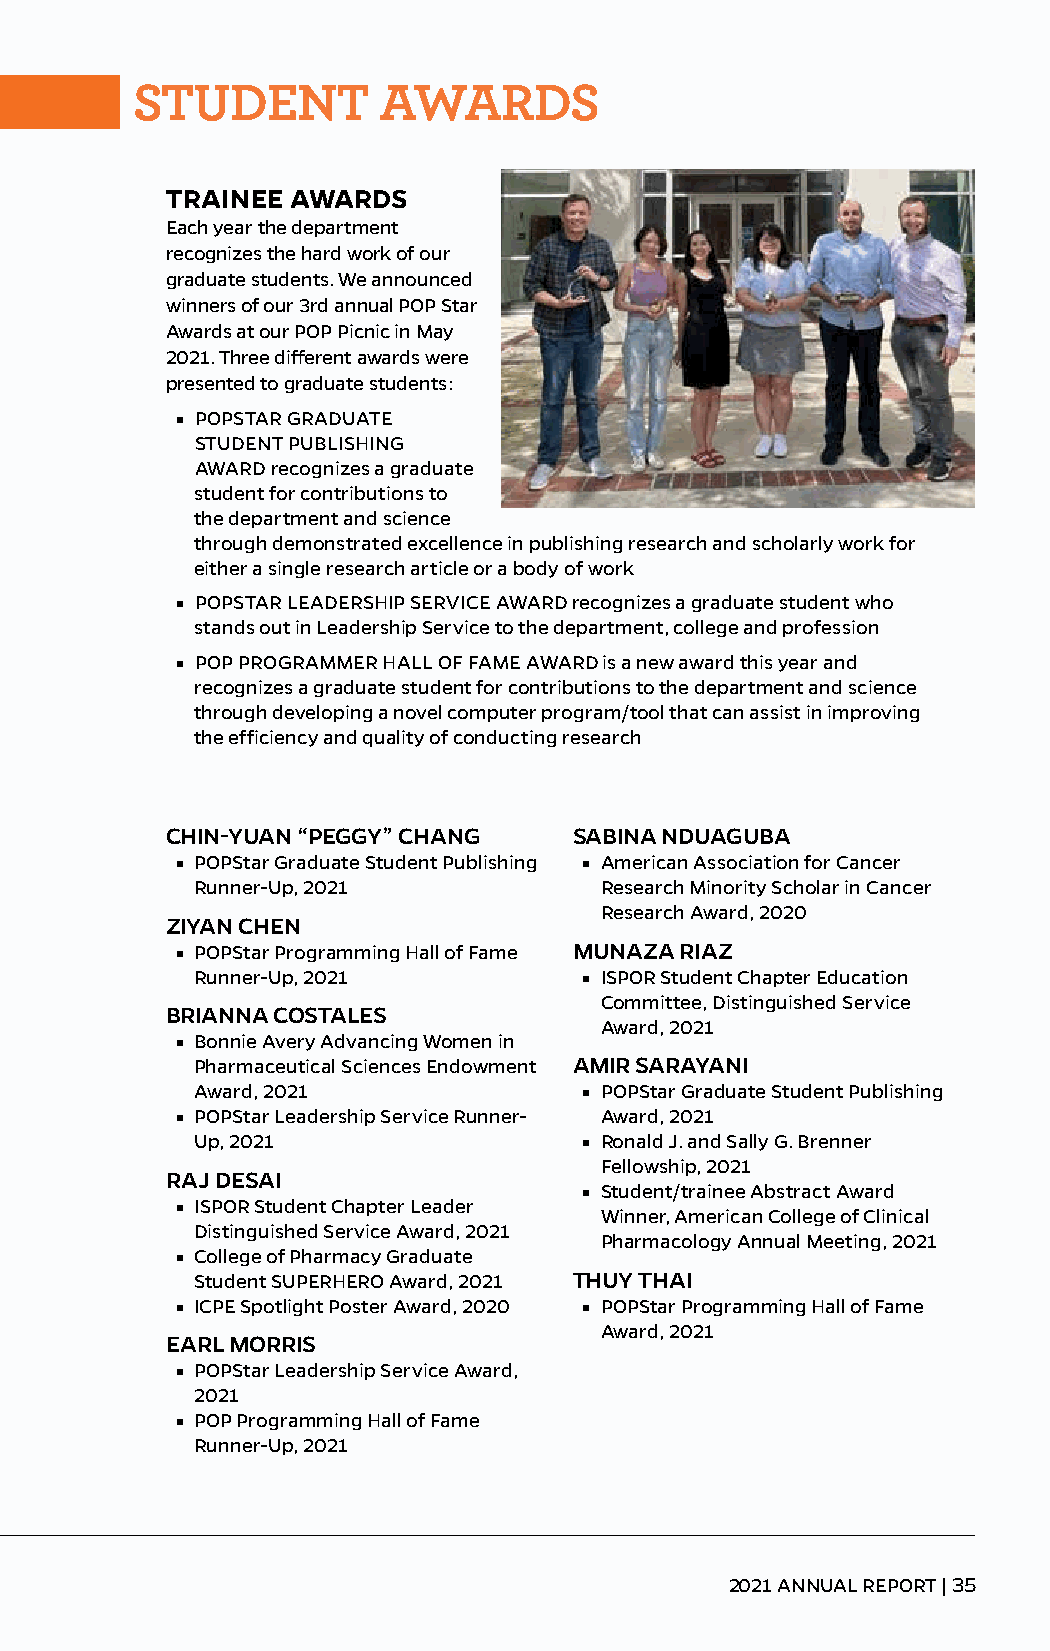
STUDENT         AWARDS
 TRAINEE AWARDS
 Each year the department
 recognizes the hard work of our
 graduate students. We announced
 winners of our 3rd annual POP Star
 Awards at our POP Picnic in May
 2021. Three different awards were
 presented to graduate students:
 ■ POPSTAR GRADUATE
 STUDENT PUBLISHING
 AWARD recognizes a graduate
 student for contributions to
 the department and science
 through demonstrated excellence in publishing research and scholarly work for
 either a single research article or a body of work
 ■ POPSTAR LEADERSHIP SERVICE AWARD recognizes a graduate student who
 stands out in Leadership Service to the department, college and profession
 ■ POP PROGRAMMER HALL OF FAME AWARD is a new award this year and
 recognizes a graduate student for contributions to the department and science
 through developing a novel computer program/tool that can assist in improving
 the efficiency and quality of conducting research
 CHIN-YUAN “PEGGY” CHANG    SABINA NDUAGUBA
 ■ POPStar Graduate Student Publishing ■ American Association for Cancer
 Runner-Up, 2021            Research Minority Scholar in Cancer
 Research Award, 2020
 ZIYAN CHEN
 ■ POPStar Programming Hall of Fame MUNAZA RIAZ
 Runner-Up, 2021           ■ ISPOR Student Chapter Education
 Committee, Distinguished Service
 BRIANNA COSTALES
 Award, 2021
 ■ Bonnie Avery Advancing Women in
 Pharmaceutical Sciences Endowment AMIR SARAYANI
 Award, 2021               ■ POPStar Graduate Student Publishing
 ■ POPStar Leadership Service Runner- Award, 2021
 Up, 2021                  ■ Ronald J. and Sally G. Brenner
 Fellowship, 2021
 RAJ DESAI
 ■ Student/trainee Abstract Award
 ■ ISPOR Student Chapter Leader
 Winner, American College of Clinical
 Distinguished Service Award, 2021
 Pharmacology Annual Meeting, 2021
 ■ College of Pharmacy Graduate
 Student SUPERHERO Award, 2021 THUY THAI
 ■ ICPE Spotlight Poster Award, 2020 ■ POPStar Programming Hall of Fame
 Award, 2021
 EARL MORRIS
 ■ POPStar Leadership Service Award,
 2021
 ■ POP Programming Hall of Fame
 Runner-Up, 2021
 2021 ANNUAL REPORT | 35